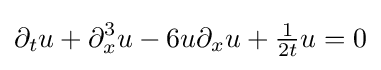
\displaystyle \partial _{t}u+\partial _{x}^{3}u-6u\partial _{x}u+{\tfrac {1}{2t}}u=0